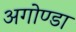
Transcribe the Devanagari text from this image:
अगोण्डा